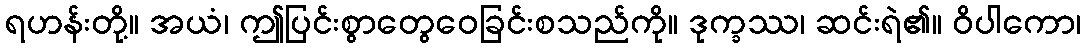
ရဟန်းတို့။ အယံ၊ ဤပြင်းစွာတွေဝေခြင်းစသည်ကို။ ဒုက္ခဿ၊ ဆင်းရဲ၏။ ဝိပါကော၊